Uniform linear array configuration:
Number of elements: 16
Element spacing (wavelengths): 1
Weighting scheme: binomial
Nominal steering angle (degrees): -15
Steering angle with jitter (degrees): -13.858
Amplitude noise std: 0.05
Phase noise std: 0.05

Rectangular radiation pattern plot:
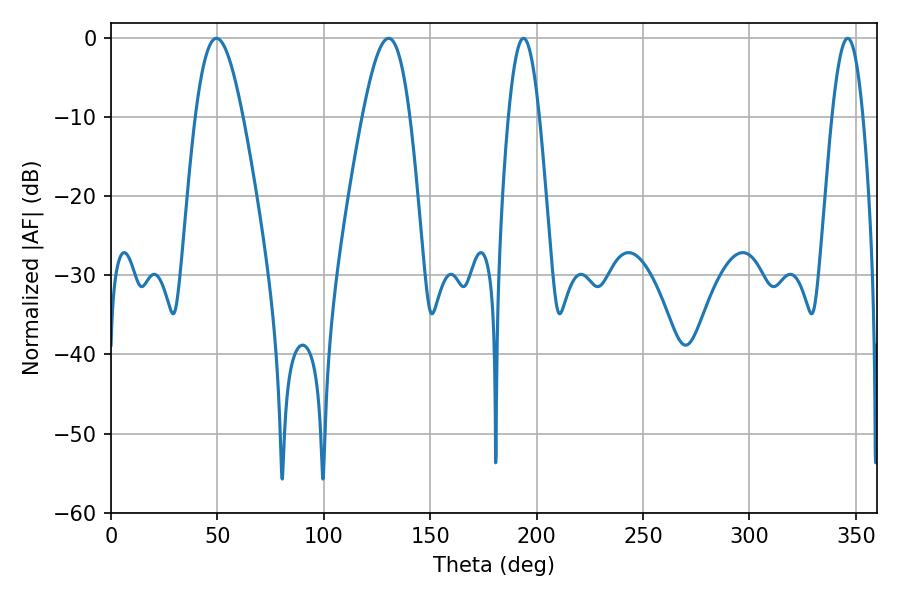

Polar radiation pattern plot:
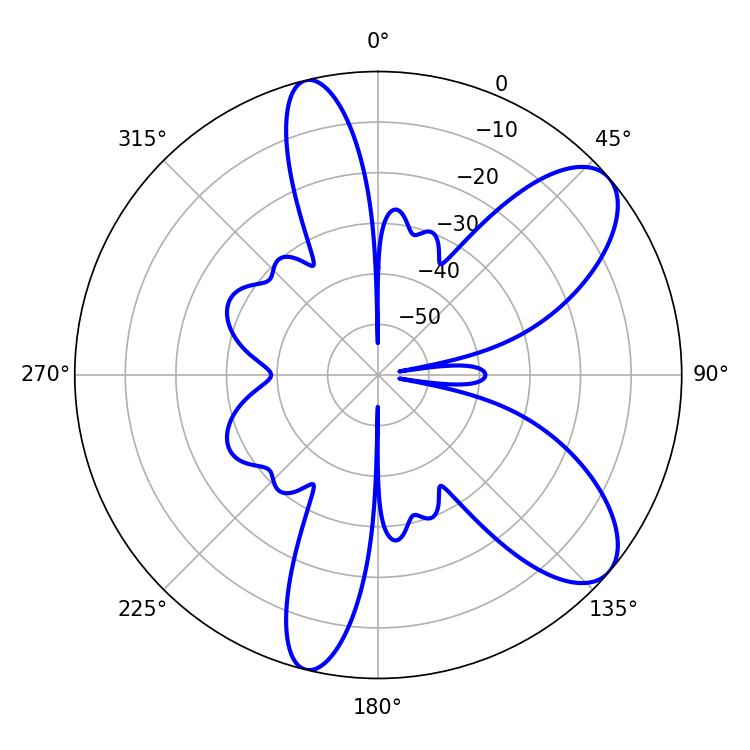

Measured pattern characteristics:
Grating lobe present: TRUE
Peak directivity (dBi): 8.59
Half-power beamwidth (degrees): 7.92
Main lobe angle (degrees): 193.86